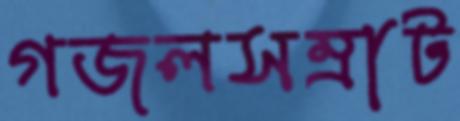
গজলসম্রাট